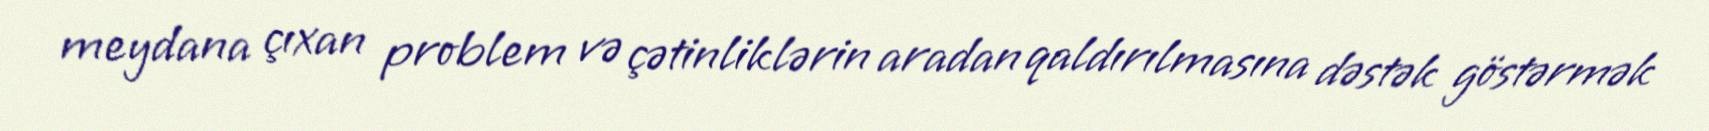
meydana çıxan problem və çətinliklərin aradan qaldırılmasına dəstək göstərmək